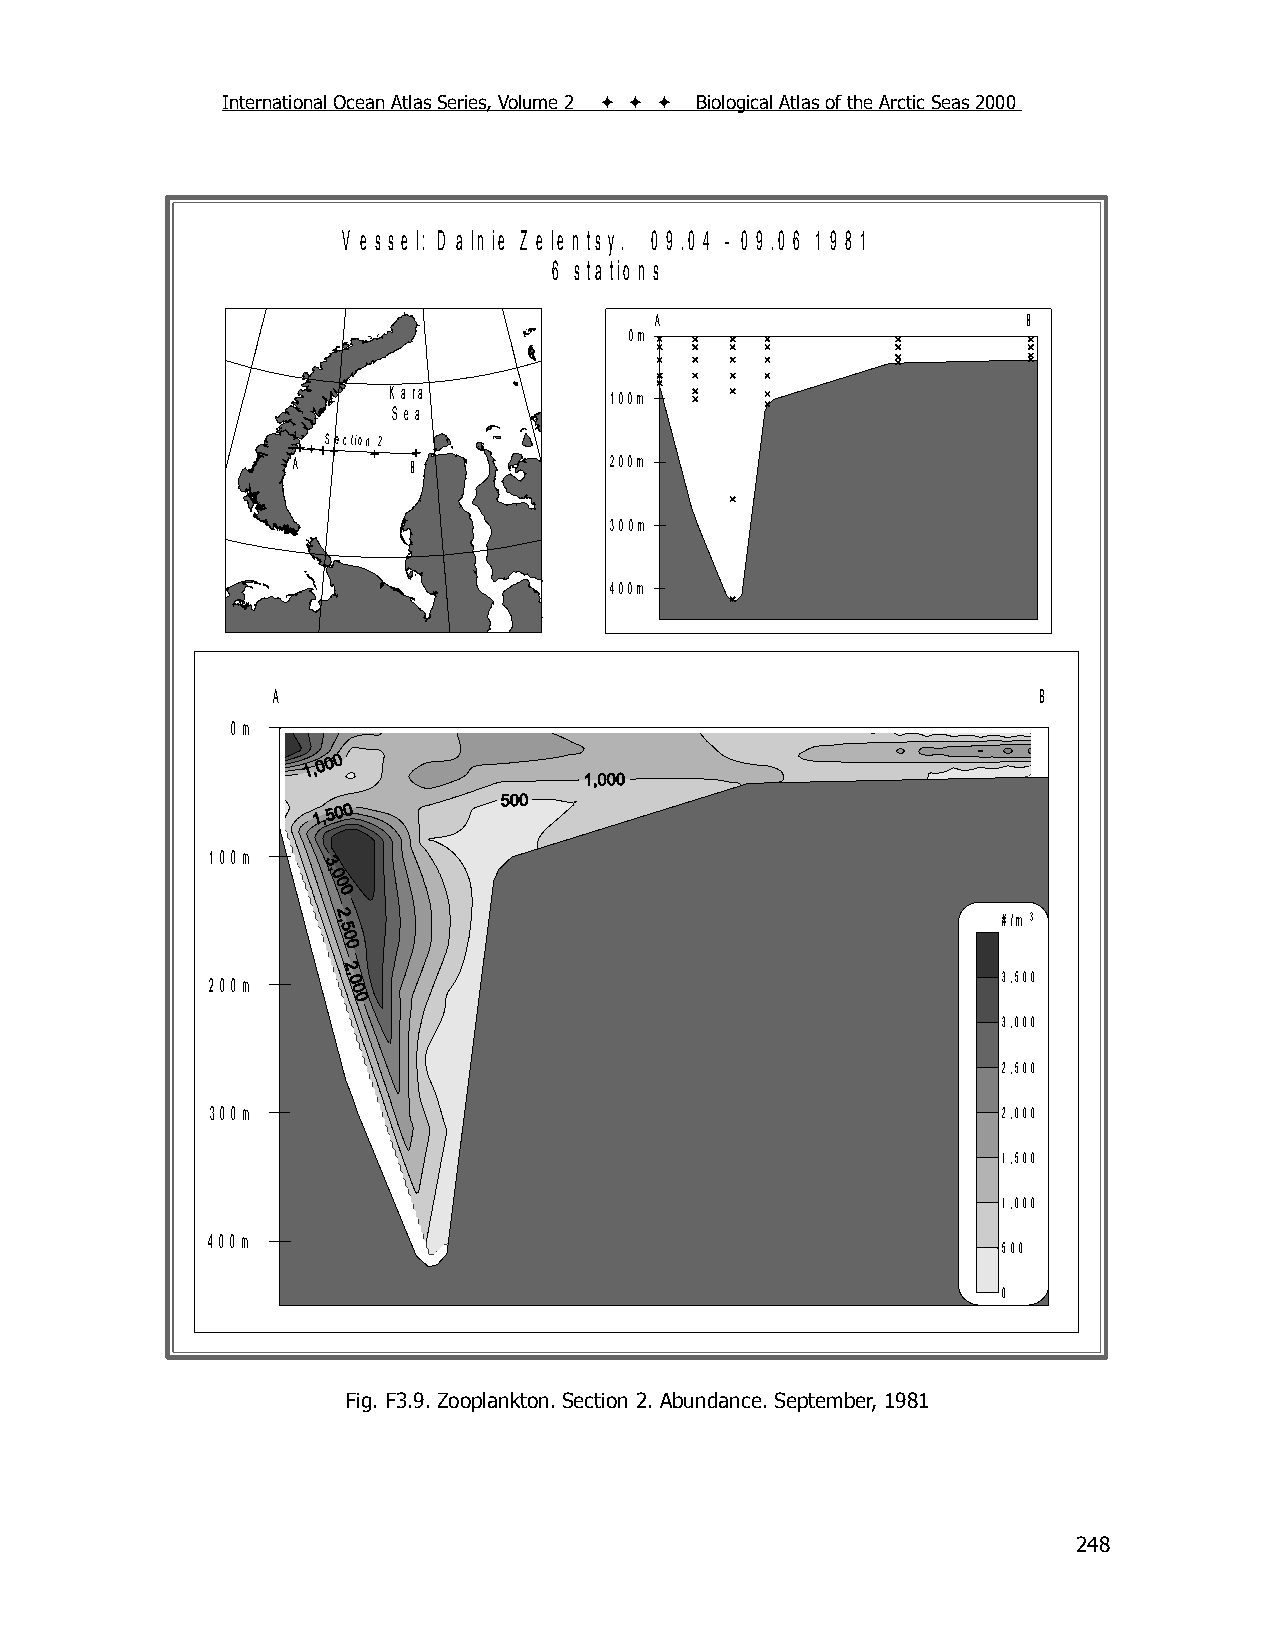
International Ocean Atlas Series, Volume 2    Biological Atlas of the Arctic Seas 2000
 V e s s e l: D a ln ie Z e le n ts y . 0 9 .0 4 - 0 9 .0 6 1 9 8 1
 6 s ta tio n s
 A                        B
 0m
 K ara
 100m
 S ea
 Section 2
 A       B            200m
 300m
 400m
 A                                                  B
 0m
 100m
 #/m 3
 200m                                                3,500
 3,000
 2,500
 300m                                                2,000
 1,500
 1,000
 400m
 500
 0
 Fig. F3.9. Zooplankton. Section 2. Abundance. September, 1981
 248